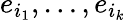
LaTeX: e_{i_{1}},\ldots,e_{i_{k}}